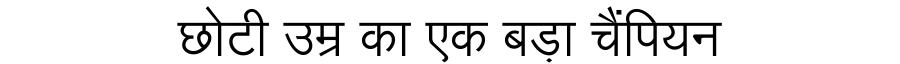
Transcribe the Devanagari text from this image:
छोटी उम्र का एक बड़ा चैंपियन